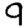
Digit: 9